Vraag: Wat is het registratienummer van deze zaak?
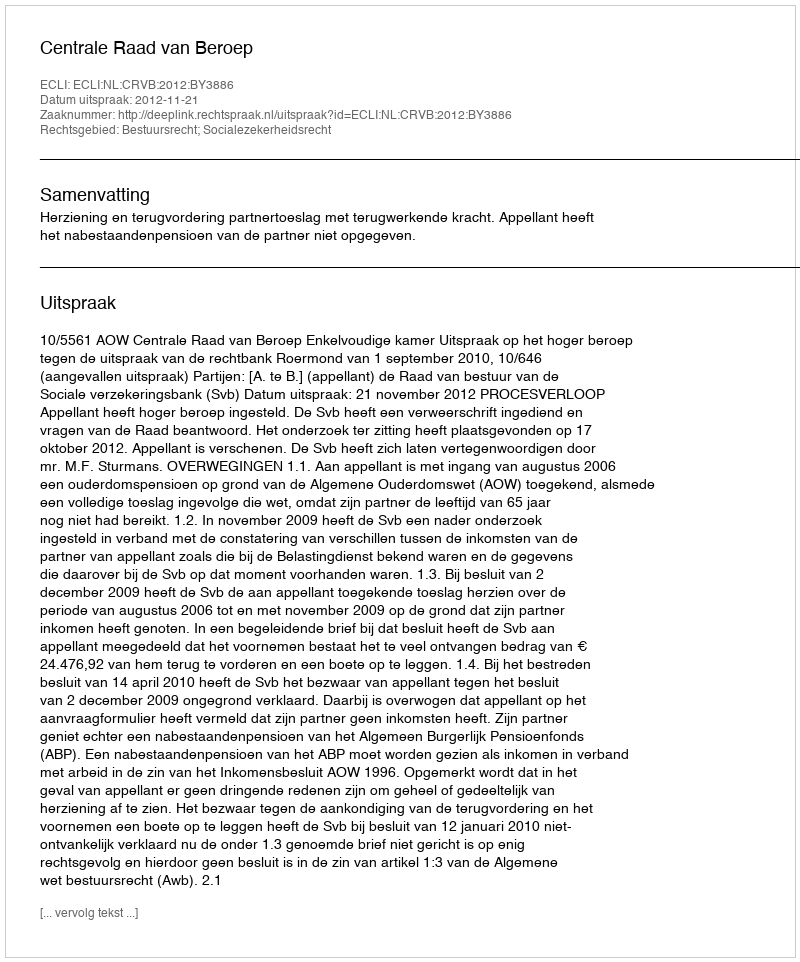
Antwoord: http://deeplink.rechtspraak.nl/uitspraak?id=ECLI:NL:CRVB:2012:BY3886